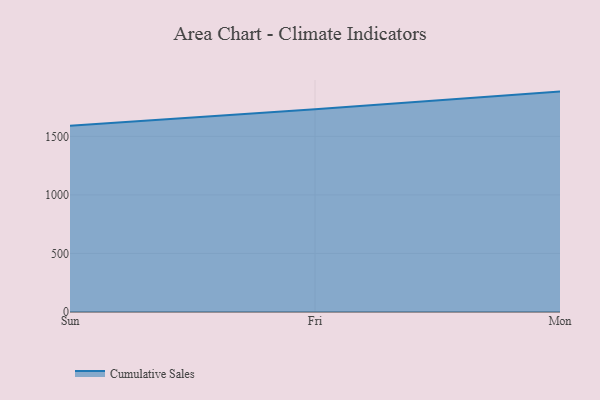
{"axis": {"x": "Day", "y": "Churn Rate (%)"}, "legend": ["Cumulative Sales"], "data": [{"x": "Sun", "y": 1591.3, "type": "Cumulative Sales"}, {"x": "Fri", "y": 1731.1, "type": "Cumulative Sales"}, {"x": "Mon", "y": 1882.6, "type": "Cumulative Sales"}]}